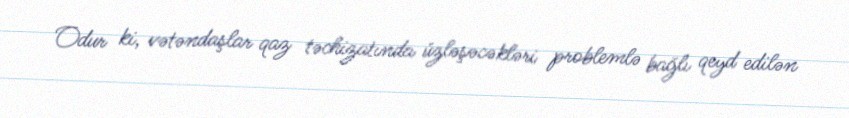
Odur ki, vətəndaşlar qaz təchizatında üzləşəcəkləri problemlə bağlı qeyd edilən